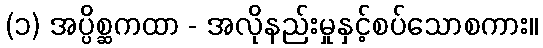
(၁) အပ္ပိစ္ဆကထာ - အလိုနည်းမှုနှင့်စပ်သောစကား။